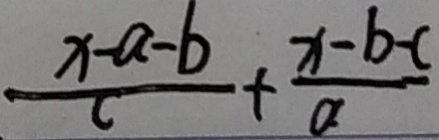
\frac { x - a - b } { c } + \frac { x - b - c } { a }